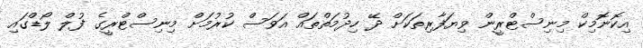
އިކޮނޮމިކް މިނިސްޓްރީން ވިޔަފާރިތަކަށް ދޭ ހިދުމަތްތައް އަވަސް ކުރުމަށް މިނިސްޓްރީގެ ފުލް ލޯޑްގައި